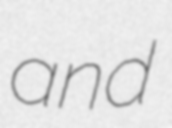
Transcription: and